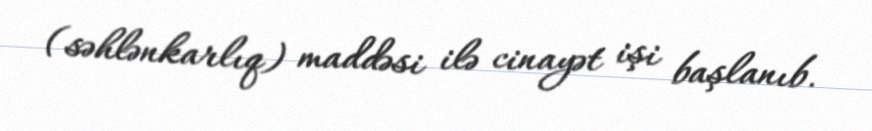
(səhlənkarlıq) maddəsi ilə cinayət işi başlanıb.